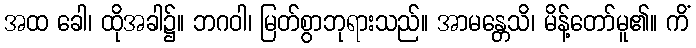
အထ ခေါ၊ ထိုအခါ၌။ ဘဂဝါ၊ မြတ်စွာဘုရားသည်။ အာမန္တေသိ၊ မိန့်တော်မူ၏။ ကိံ